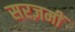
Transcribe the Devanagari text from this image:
सरज़मीं